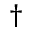
\dagger